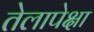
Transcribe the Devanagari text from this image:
तेलापेक्षा